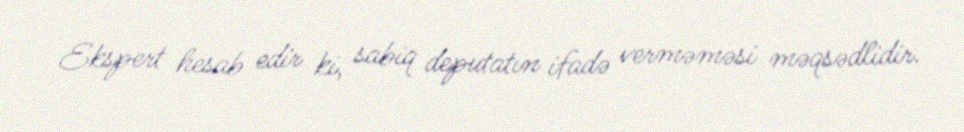
Ekspert hesab edir ki, sabiq deputatın ifadə verməməsi məqsədlidir.